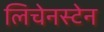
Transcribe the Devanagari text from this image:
लिचेनस्टेन